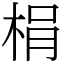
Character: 梋